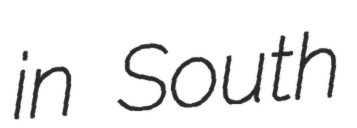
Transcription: in South